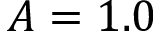
A = 1 . 0